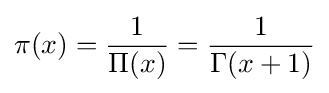
\pi (x)={\frac {1}{\Pi (x)}}={\frac {1}{\Gamma (x+1)}}